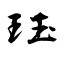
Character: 珏